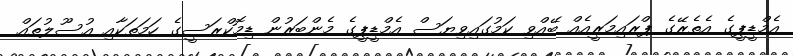
އެމްޑީޕީގެ އެތެރޭގެ ޕްރައިމަރީއެއް ބޭއްވި ކަމުގައިވިޔަސް އެމްޑީޕީގެ މެންބަރުން ޑިމޮކްރަސީގެ ހަމަތަކާއި އުސޫލުތައް